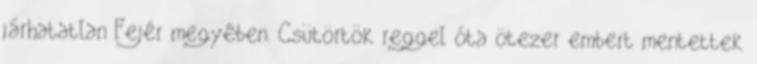
járhatatlan Fejér megyében. Csütörtök reggel óta ötezer embert mentettek